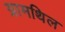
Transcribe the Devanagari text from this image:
ग्रामथिल